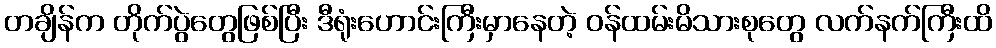
တချိန်က တိုက်ပွဲတွေဖြစ်ပြီး ဒီရုံးဟောင်းကြီးမှာနေတဲ့ ဝန်ထမ်းမိသားစုတွေ လက်နက်ကြီးထိ